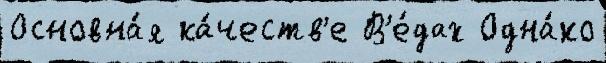
Основна́я ка́честв'е В'е́дах Одна́ко